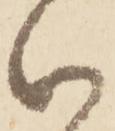
御